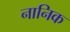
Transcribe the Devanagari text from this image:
नानिक